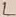
Text: L